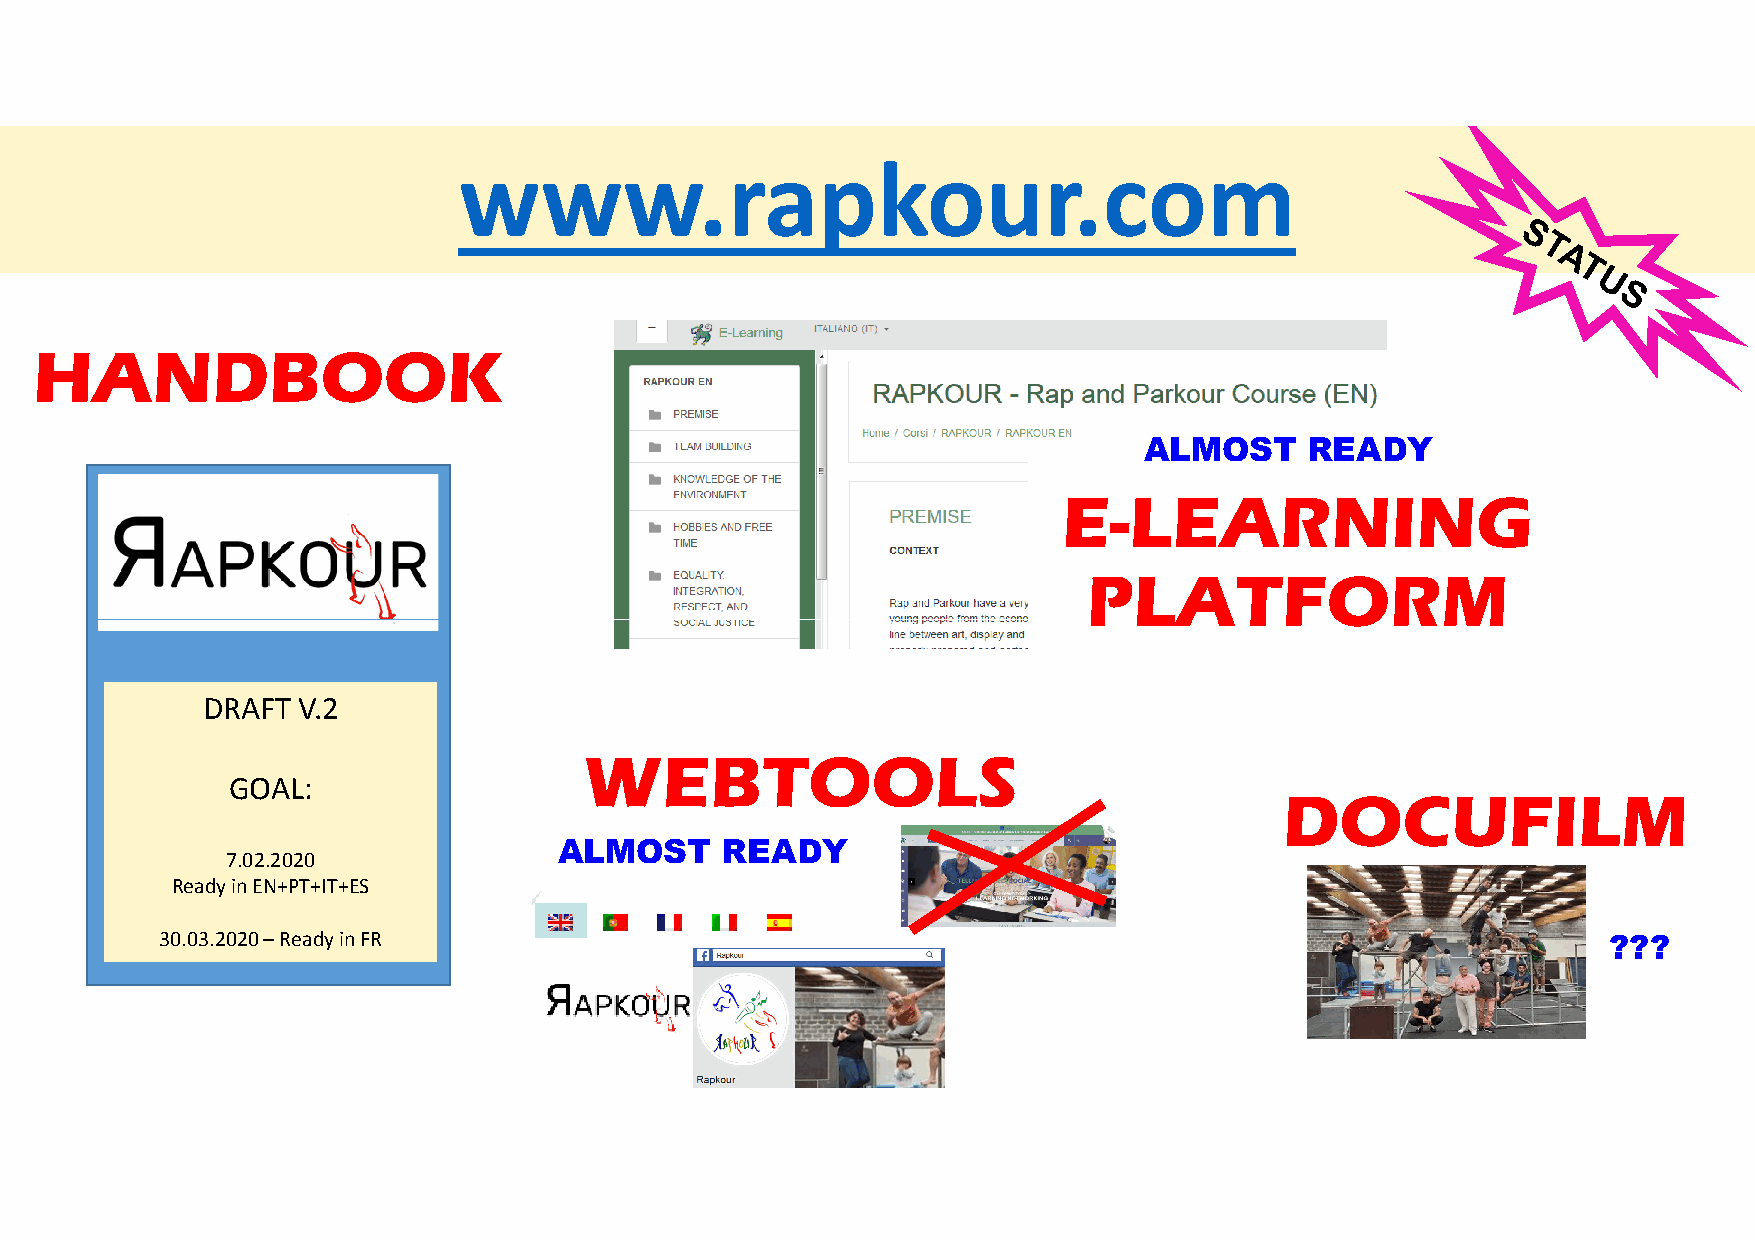
www.rapkour.com
 HHAANNDDBBOOOOKK
 ALMOST     READY
 EE--LLEEAARRNNIINNGG
 PPPPLLLLAAAATTTTFFFFOOOORRRRMMMM
 DRAFT  V.2
 WWEEBBTTOOOOLLSS
 GOAL:
 DDOOCCUUFFIILLMM
 ALMOST     READY
 7.02.2020
 Readyin EN+PT+IT+ES
 30.03.2020 –Readyin FR                                                                          ???